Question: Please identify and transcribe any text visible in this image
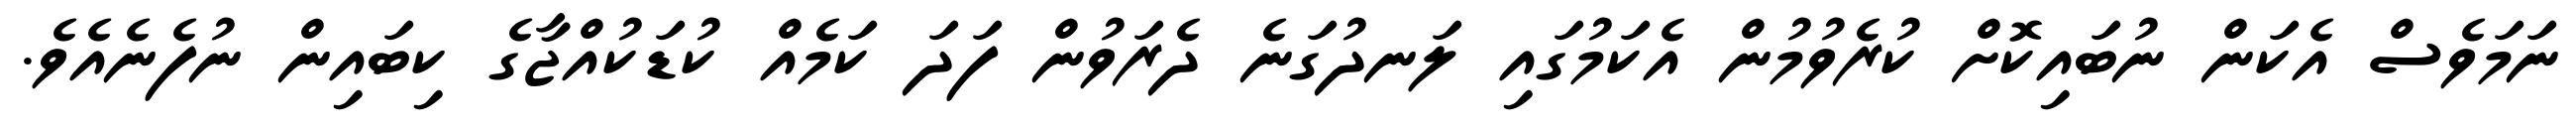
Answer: ނަމަވެސް އެކަން ނުބައިކޮށް ކުރެވުމުން އެކަމުގައި ލަނދުގަނެ ދެރަވުން ފަދަ ކަމެއް ކުޑަކުއްޖާގެ ކިބައިން ނުފެނެއެވެ.